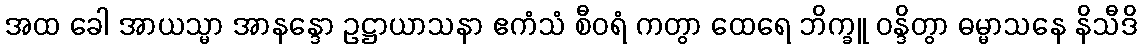
အထ ခေါ အာယသ္မာ အာနန္ဒော ဥဋ္ဌာယာသနာ ဧကံသံ စီဝရံ ကတွာ ထေရေ ဘိက္ခူ ဝန္ဒိတွာ ဓမ္မာသနေ နိသီဒိ